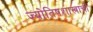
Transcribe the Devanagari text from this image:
ज्योतिषशास्त्राची